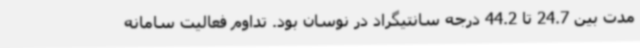
مدت بین 24.7 تا 44.2 درجه سانتیگراد در نوسان بود. تداوم فعالیت سامانه